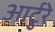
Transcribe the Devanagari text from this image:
आर्टुरे